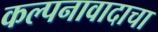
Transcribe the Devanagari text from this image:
कल्पनावादाचा